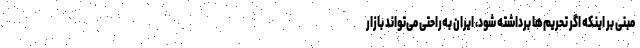
مبنی بر اینکه اگر تحریم‌ها برداشته شود، ایران به‌راحتی می‌تواند بازار